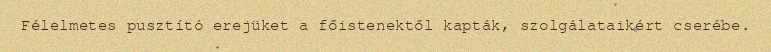
Félelmetes pusztító erejüket a főistenektől kapták, szolgálataikért cserébe.